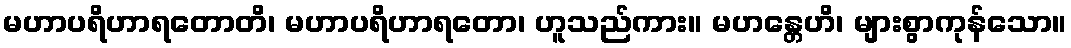
မဟာပရိဟာရတောတိ၊ မဟာပရိဟာရတော၊ ဟူသည်ကား။ မဟန္တေဟိ၊ များစွာကုန်သော။